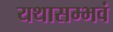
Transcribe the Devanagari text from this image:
यथासम्भवं